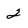
Character: 2